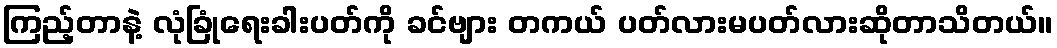
ကြည့်တာနဲ့ လုံခြုံရေးခါးပတ်ကို ခင်ဗျား တကယ် ပတ်လားမပတ်လားဆိုတာသိတယ်။